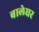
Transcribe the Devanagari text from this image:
बालेघर